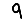
Digit: 9